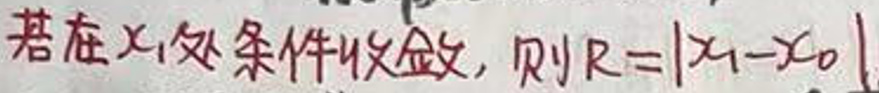
若在\(x_1\)处条件收敛，则\(R = |x_1 - x_0|\)